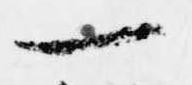
一